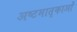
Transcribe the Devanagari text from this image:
अष्टमातृकाओं